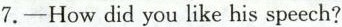
7.——How did you like his speech?